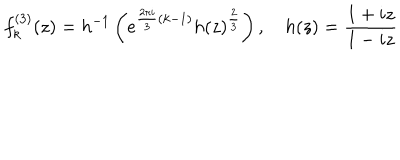
f _ { k } ^ { ( 3 ) } ( z ) = h ^ { - 1 } \left( e ^ { \frac { 2 \pi i } { 3 } ( k - 1 ) } h ( z ) ^ { \frac { 2 } { 3 } } \right) , \quad h ( z ) = \frac { 1 + i z } { 1 - i z }